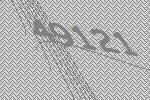
49121